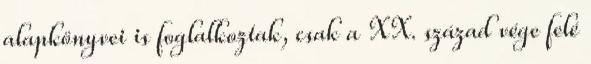
alapkönyvei is foglalkoztak, csak a XX. század vége felé